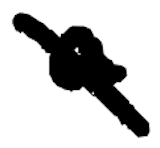
Text: a
Cross-out: diagonal
Writing tool: digital_black